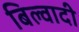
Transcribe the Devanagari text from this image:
बिल्वादी